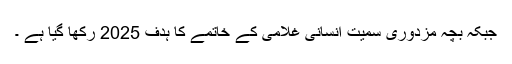
جبکہ بچہ مزدوری سمیت انسانی غلامی کے خاتمے کا ہدف 2025 رکھا گیا ہے ۔